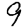
Digit: 9